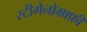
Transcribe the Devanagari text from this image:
स्टीगेनोग्राफ़ी